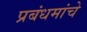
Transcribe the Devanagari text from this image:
प्रबंधमांचे